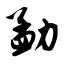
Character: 勐